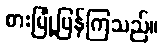
စားမြုံ့ပြန်ကြသည်။